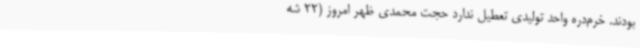
بودند. خرم‌دره واحد تولیدی تعطیل ندارد حجت محمدی ظهر امروز (22 شه